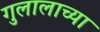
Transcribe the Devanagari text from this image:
गुलालाच्या